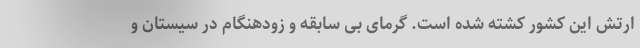
ارتش این کشور کشته شده است. گرمای بی‌ سابقه و زودهنگام در سیستان و